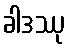
ခါဒဿု